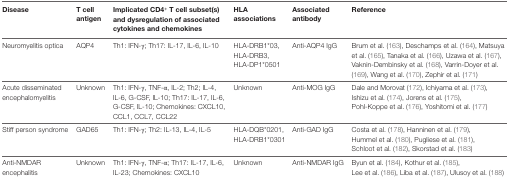
<table><thead><tr><td><b>Disease</b></td><td><b>T cell antigen</b></td><td><b>Implicated CD4<sup>+</sup> T cell subset(s) and dysregulation of associated cytokines and chemokines</b></td><td><b>HLA associations</b></td><td><b>Associated antibody</b></td><td><b>Reference</b></td></tr></thead><tbody><tr><td>Neuromyelitis optica</td><td>AQP4</td><td>Th1: IFN-γ; Th17: IL-17, IL-6, IL-10</td><td>HLA-DRB1*03, HLA-DRB3, HLA-DP1*0501</td><td>Anti-AQP4 IgG</td><td>Brum et al. (163), Deschamps et al. (164), Matsuya et al. (165), Tanaka et al. (166), Uzawa et al. (167), Vaknin-Dembinsky et al. (168), Varrin-Doyer et al. (169), Wang et al. (170), Zephir et al. (171)</td></tr><tr><td>Acute disseminated encephalomyelitis</td><td>Unknown</td><td>Th1: IFN-γ, TNF-α, IL-2; Th2; IL-4, IL-6, G-CSF, IL-10; Th17: IL-17, IL-6, G-CSF, IL-10; Chemokines: CXCL10, CCL1, CCL7, CCL22</td><td>Unknown</td><td>Anti-MOG IgG</td><td>Dale and Morovat (172), Ichiyama et al. (173), Ishizu et al. (174), Jorens et al. (175), Pohl-Koppe et al. (176), Yoshitomi et al. (177)</td></tr><tr><td>Stiff person syndrome</td><td>GAD65</td><td>Th1: IFN-γ; Th2: IL-13, IL-4, IL-5</td><td>HLA-DQB*0201, HLA-DRB1*0301</td><td>Anti-GAD IgG</td><td>Costa et al. (178), Hanninen et al. (179), Hummel et al. (180), Pugliese et al. (181), Schloot et al. (182), Skorstad et al. (183)</td></tr><tr><td>Anti-NMDAR encephalitis</td><td>Unknown</td><td>Th1: IFN-γ, TNF-α; Th17: IL-17, IL-6, IL-23; Chemokines: CXCL10</td><td>Unknown</td><td>Anti-NMDAR IgG</td><td>Byun et al. (184), Kothur et al. (185), Lee et al. (186), Liba et al. (187), Ulusoy et al. (188)</td></tr></tbody></table>